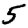
Digit: 5